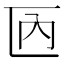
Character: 𠥮